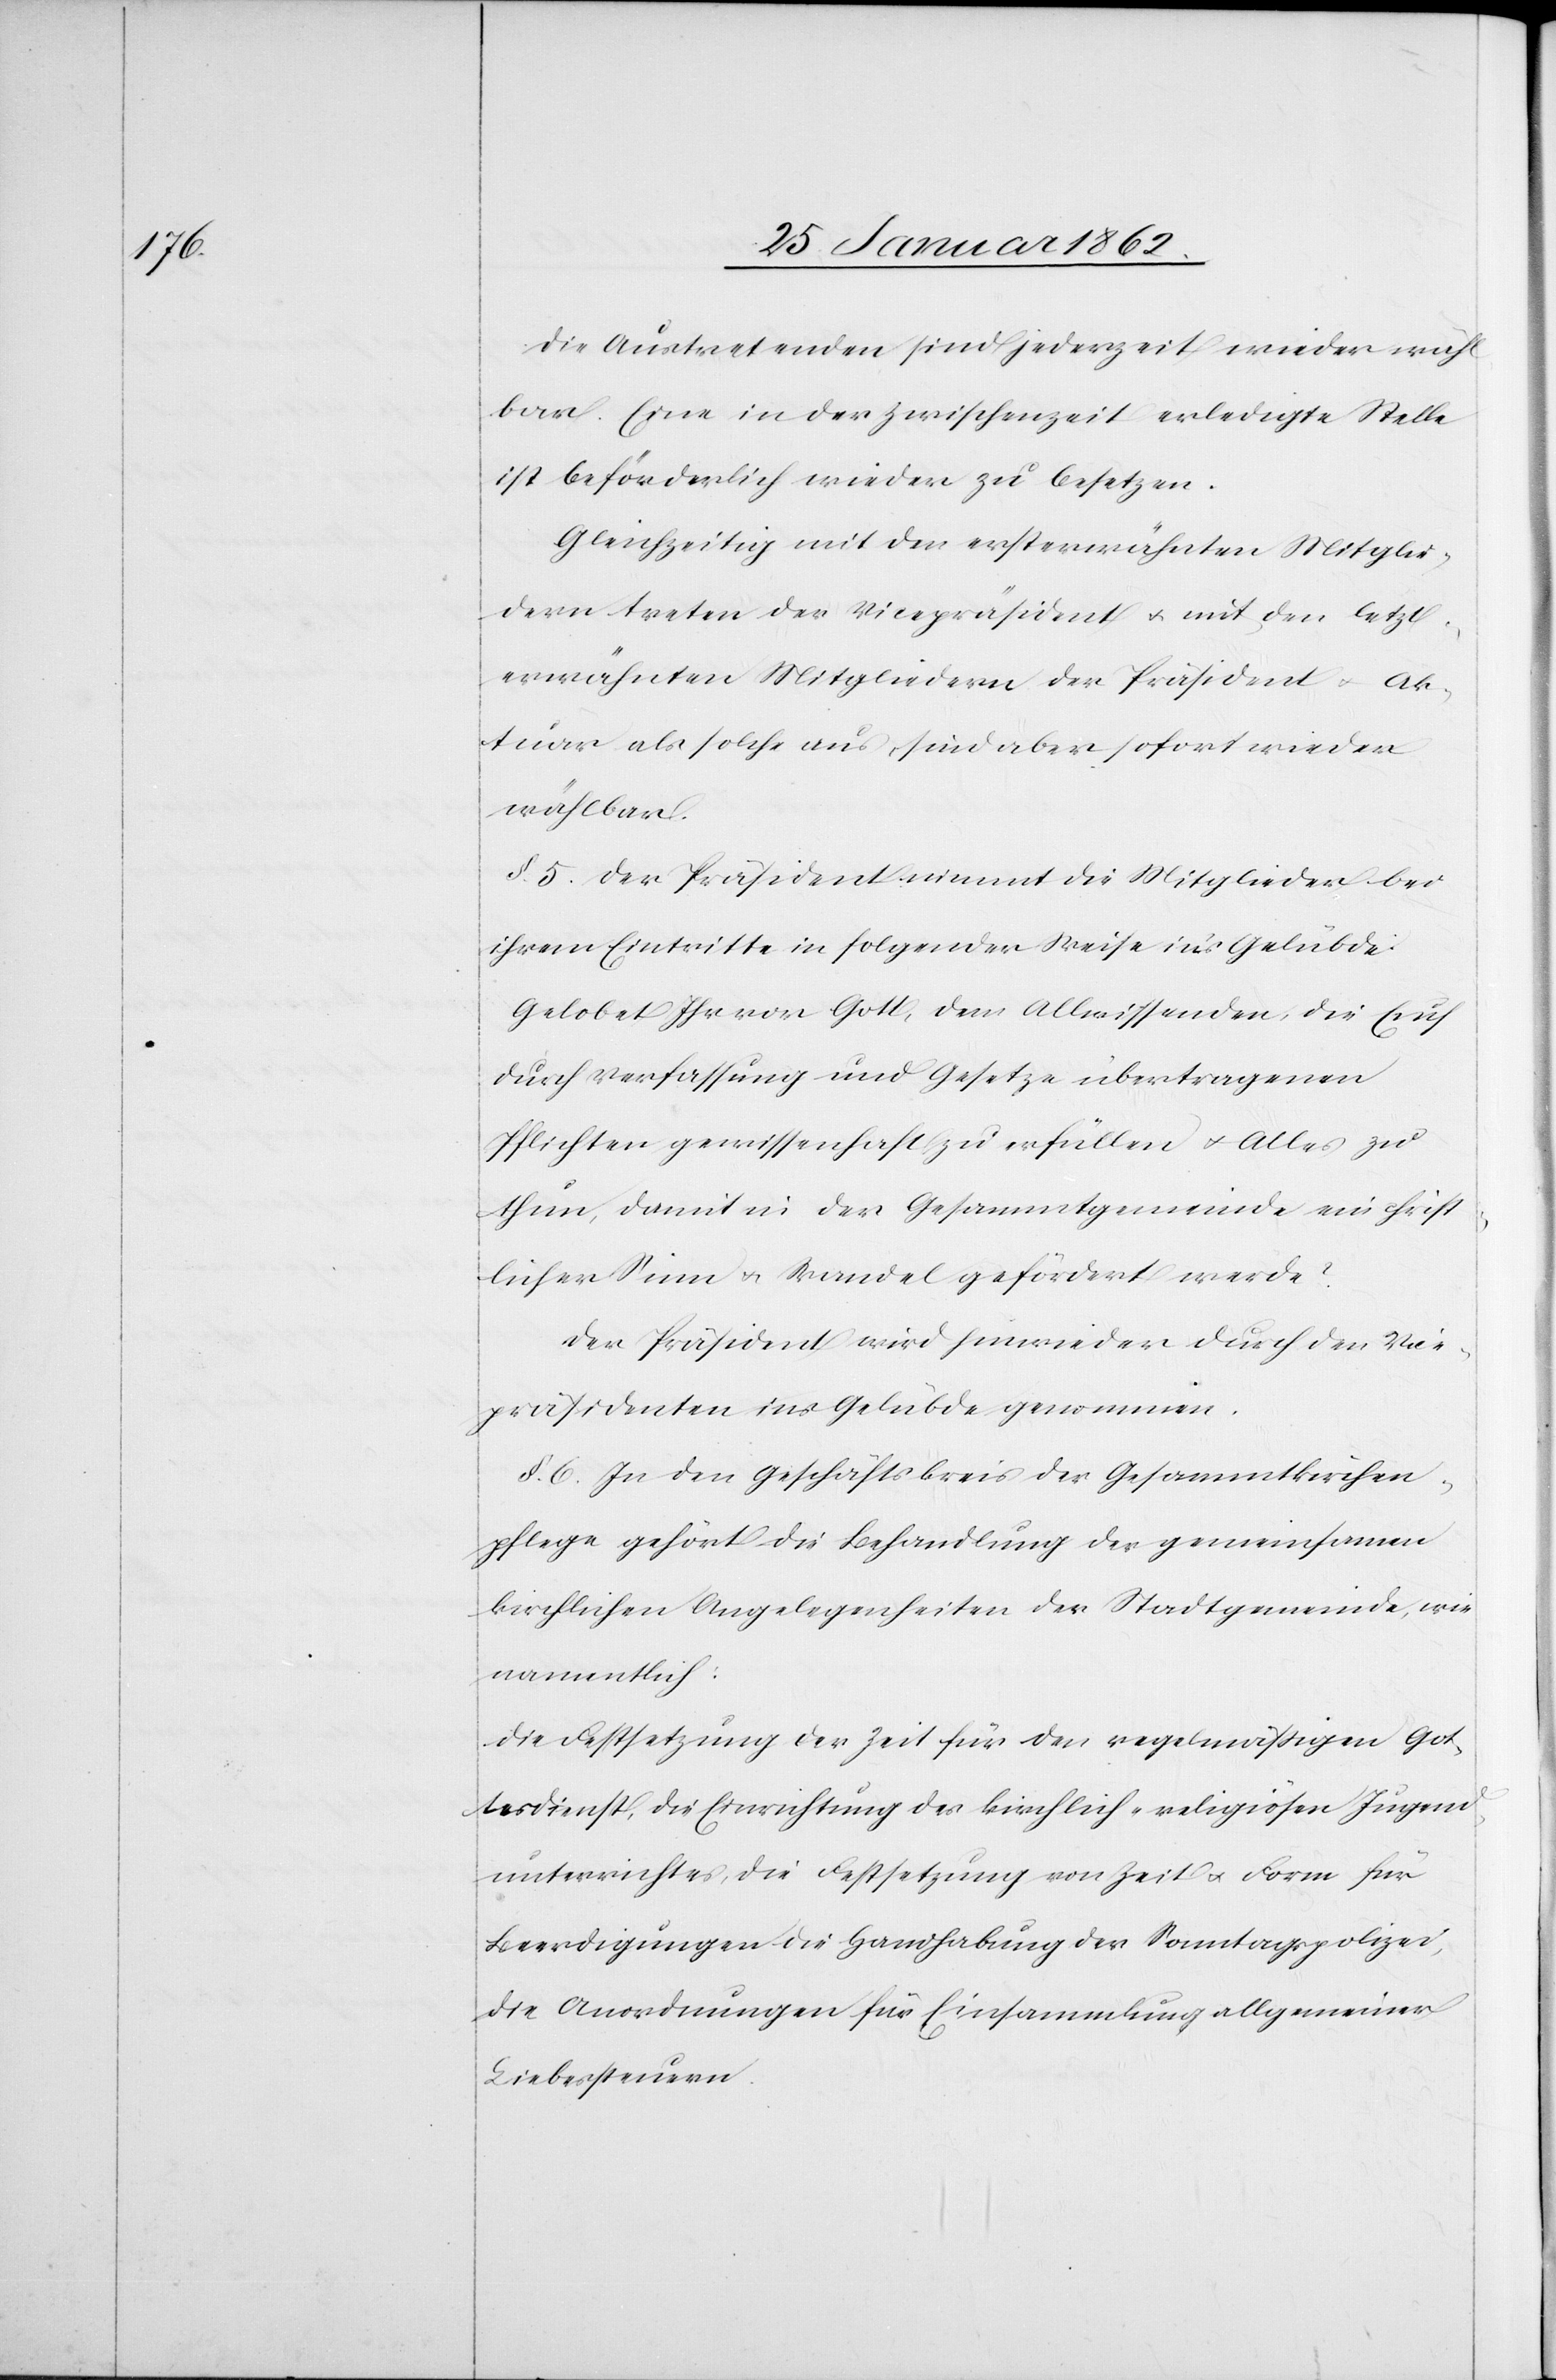
Die Austretenden sind jederzeit wieder wähl¬
bar. Eine in der Zwischenzeit erledigte Stelle
ist beförderlich wieder zu besetzen.
Gleichzeitig mit den ersterwähnten Mitglie¬
dern treten der Vicepräsident u. mit den letzt¬
erwähnten Mitgliedern der Präsident u.
Aktuar als solche aus, sind aber sofort wieder
wählbar.
§. 5. Der Präsident nimmt die Mitglieder bei
ihrem Eintritte in folgender Weise in’s Gelübde:
Gelobet Ihr vor Gott, dem Allwissenden, die Euch
durch Verfassung und Gesetze übertragenen
Pflichten gewissenhaft zu erfüllen u. Alles zu
thun, damit in der Gesammtgemeinde ein christ¬
licher Sinn u. Wandel gefördert werde?
Der Präsident wird hinwieder durch den Vice¬
präsidenten ins Gelübde genommen.
§. 6. In den Geschäftskreis der Gesammtkirchen¬
pflege gehört die Behandlung der gemeinsamen
kirchlichen Angelegenheiten der Stadtgemeinde, wie
namentlich:
Die Festsetzung der Zeit für den regelmäßigen Got¬
tesdienst, die Einrichtung des kirchlich-religiösen Jugend¬
unterrichtes, die Festsetzung von Zeit u. Form für
Beerdigungen[,] die Handhabung der Sonntagspolizei,
die Anordnungen für Einsammlung allgemeiner
Liebessteuern.